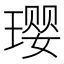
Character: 璎